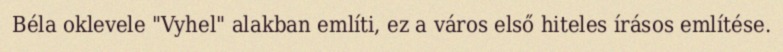
Béla oklevele "Vyhel" alakban említi, ez a város első hiteles írásos említése.